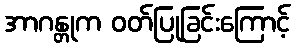
အာဂန္တုက ဝတ်ပြုခြင်းကြောင့်